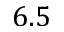
6 . 5